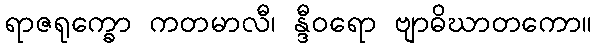
ရာဇရုက္ခော ကတမာလီ၊ န္ဒီဝရော ဗျာဓိဃာတကော။